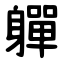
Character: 軃